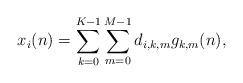
LaTeX: \begin{align*}x_i(n)=\sum\limits^{K-1}_{k=0}{\sum\limits^{M-1}_{m=0}{d_{i,k,m}g_{k,m}(n)}},\end{align*}